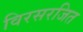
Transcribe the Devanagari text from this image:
विरसरजित